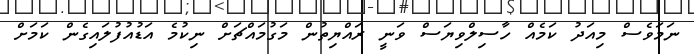
ނަމަވެސް މިއަދު ކަމެއް ހާސިލްވިޔަސް ވަނީ ރައްޔިތުން މަގުމައްޗަށް ނިކުމެ އަޑުއުފުލައިގެން ކަމަށް